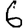
Digit: 6